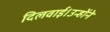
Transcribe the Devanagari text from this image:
दिलवाई।उन्होंने